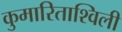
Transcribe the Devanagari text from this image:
कुमारिताश्विली